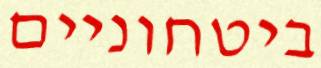
ביטחוניים